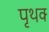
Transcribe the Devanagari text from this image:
पृथक्‍